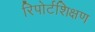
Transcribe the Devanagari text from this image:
रिपोर्टशिक्षण